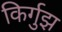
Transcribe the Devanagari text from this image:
किर्गुझ